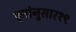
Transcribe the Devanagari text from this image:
वृत्तांनुसार१९